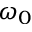
\omega _ { 0 }